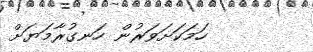
ހަމަކަށަވަރުން ހަނގުރާމަޔަށް